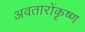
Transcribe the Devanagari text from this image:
अवतारोंकृष्ण